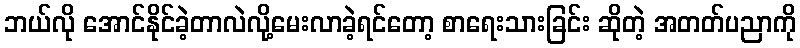
ဘယ်လို အောင်နိုင်ခဲ့တာလဲလို့မေးလာခဲ့ရင်တော့ စာရေးသားခြင်း ဆိုတဲ့ အတတ်ပညာကို